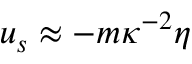
u _ { s } \approx - m \kappa ^ { - 2 } \eta